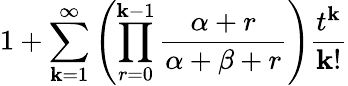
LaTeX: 1+\sum_{\mathbf{k}=1}^{\infty}\left(\prod_{r=0}^{\mathbf{k}-1}{\frac{{\alpha+r}}{{\alpha+\beta+r}}}\right){\frac{{t^{\mathbf{k}}}}{{\mathbf{k}!}}}